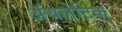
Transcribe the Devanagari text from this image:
अॅथलेटिक्